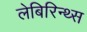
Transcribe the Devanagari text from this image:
लेबिरिन्थ्स